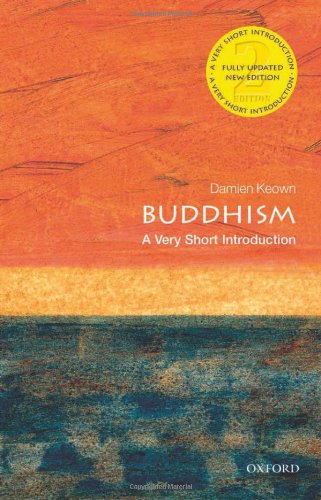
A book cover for Buddhism: A Very Short Introduction (Very Short Introductions); Damien Keown; Religion & Spirituality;